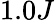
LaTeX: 1.0J